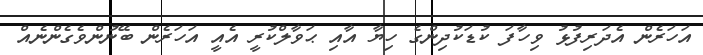
އަހަރެން އެދަރިފުޅު ވިހާފަ ކުޑަކުދިންގެ ހިޔާ އާއި ޙަވާލްކުރީ އެއީ އަހަރެން ބޭނުންވެގެންނެއް